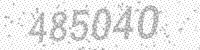
Solution: 485040